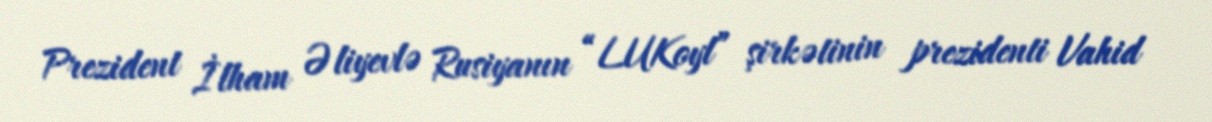
Prezident İlham Əliyevlə Rusiyanın “LUKoyl” şirkətinin prezidenti Vahid